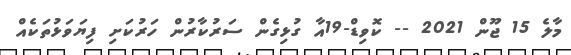
މާލެ 15 ޖޫން 2021 -- ކޮވިޑް-19އާ ގުޅިގެން ސަރުކާރުން ހަރުކަށި ފިޔަވަޅުތަކެއް